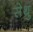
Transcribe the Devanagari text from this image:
सेथु